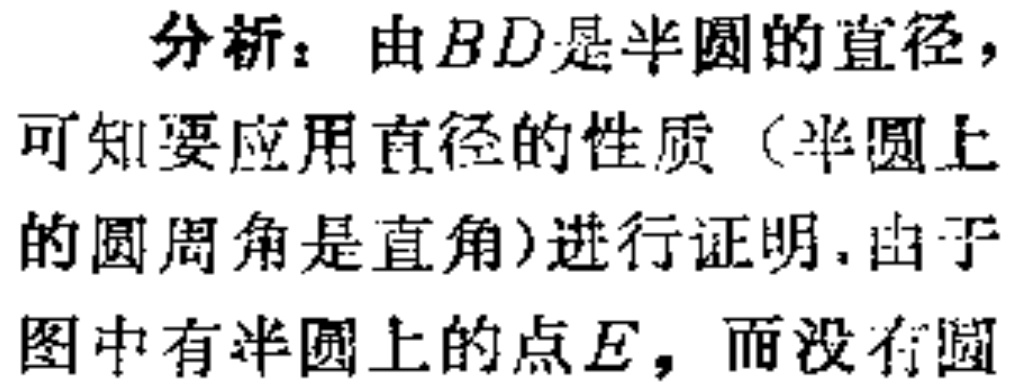
分析：由$BD$是半圆的直径，可知要应用直径的性质（半圆上的圆周角是直角）进行证明. 由于图中有半圆上的点$E$，而没有圆